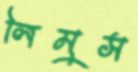
লিমুস